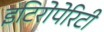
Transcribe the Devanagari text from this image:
इटिरोपेरिटी